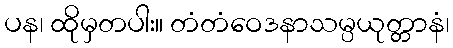
ပန၊ ထိုမှတပါး။ တံတံဝေဒနာသမ္ပယုတ္တာနံ၊